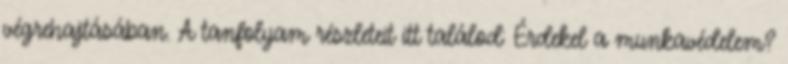
végrehajtásában. A tanfolyam részleteit itt találod: Érdekel a munkavédelem?